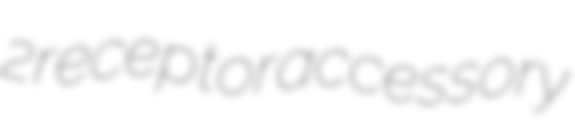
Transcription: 2 receptor accessory